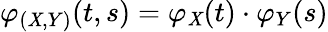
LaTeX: \varphi_{(\mathit{X},Y)}(t,s)=\varphi_{\mathit{X}}(t)\cdot\varphi_{Y}(s)